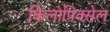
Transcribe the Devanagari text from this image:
किलोपिक्सेल